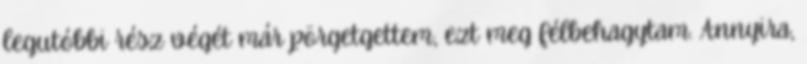
legutóbbi rész végét már pörgetgettem, ezt meg félbehagytam. Annyira,